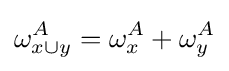
\omega _{x\cup y}^{A}=\omega _{x}^{A}+\omega _{y}^{A}\,\!